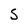
Character: S